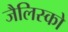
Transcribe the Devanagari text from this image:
जैलिस्को